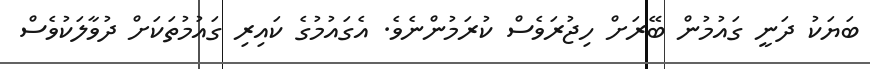
ބަޔަކު ދަނީ ގައުމުން ބޭރަށް ހިޖުރަވެސް ކުރަމުންނެވެ. އެގައުމުގެ ކައިރި ގައުމުތަކަށް ދުވާލަކުވެސް